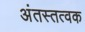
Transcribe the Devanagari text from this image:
अंतस्तत्वक